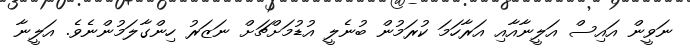
ނަވީން އައިސް އަލީނާއާއި އަރާހަމަ ކުރަމުން ބުނެލީ އުޑުމަށްޗަށް ނަޒަރު ހިންގާލަމުންނެވެ. އަލީނާ